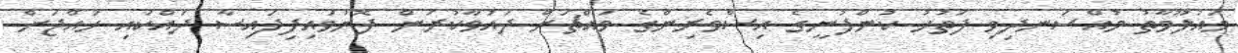
މައުލޫމާތު މުއްސަނދިވި ފަތުހު ކުންފުނީގެ އިސްވެރިންގެ މައްޗަށް ދައުވާކުރަން ފޮނުވައިފިފައިސާ ދައްކައި ހައްޖަށް